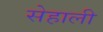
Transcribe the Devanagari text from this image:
सेहाली